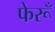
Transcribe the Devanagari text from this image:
फेरूँ